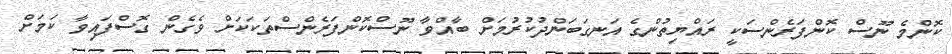
ކޮންމެ ނޫސް ކޮންފަރެންސަކީ ރައްޔިތުންގެ އަނގަބަންދުކުރުމަށް ބާއްވާ ނޫސްކޮންފަރެންސްތަކަކަށް ވެގެން ގޮސްފައިވާ ކަމަށް